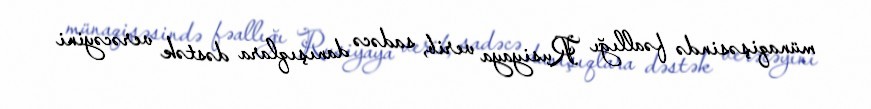
münaqişəsində fəallığı Rusiyaya verib, sadəcə danışıqlara dəstək verəcəyini